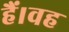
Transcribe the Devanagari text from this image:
हैं।वह